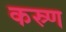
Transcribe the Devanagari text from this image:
कस्र्ण